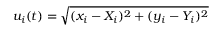
u _ { i } ( t ) = \sqrt { ( x _ { i } - X _ { i } ) ^ { 2 } + ( y _ { i } - Y _ { i } ) ^ { 2 } }